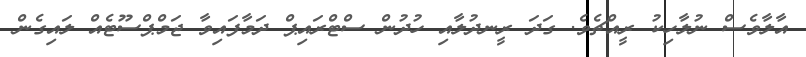
އާލާވެސް ނުލާހިކު ރީއްޗެވެ. ގަދަ ރީނދުލާއި ހުދުން ސްޓްރައިޕް ދަމާފައިވާ ޖަމްޕްސޫޓެއް ލައިގެން